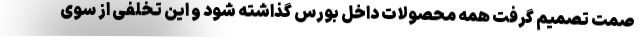
صمت تصمیم گرفت همه محصولات داخل بورس گذاشته شود و این تخلفی از سوی